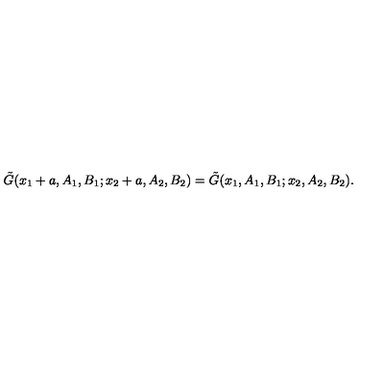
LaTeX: \tilde { G } ( x _ { 1 } + a , A _ { 1 } , B _ { 1 } ; x _ { 2 } + a , A _ { 2 } , B _ { 2 } ) = \tilde { G } ( x _ { 1 } , A _ { 1 } , B _ { 1 } ; x _ { 2 } , A _ { 2 } , B _ { 2 } ) .